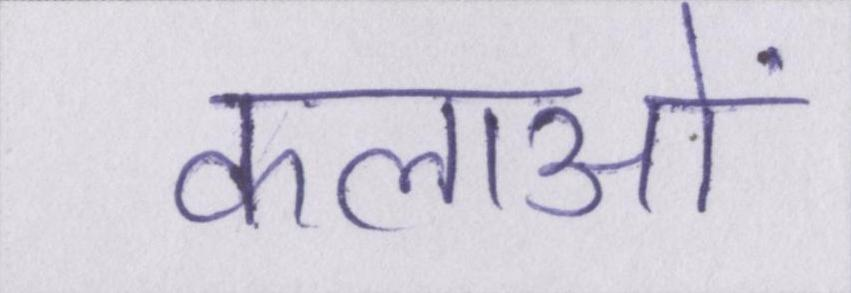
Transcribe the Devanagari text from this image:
कलाओं